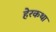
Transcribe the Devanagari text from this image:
हेरकथा